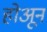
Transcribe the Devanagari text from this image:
होअून